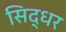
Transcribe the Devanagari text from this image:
सिद्धर